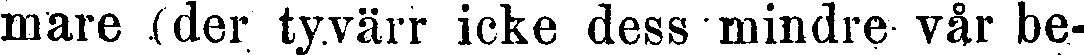
mare (der tyvärr icke dess mindre vår be-